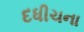
દધીચના